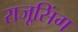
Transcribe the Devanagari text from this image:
राजूसिंग